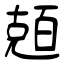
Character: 兡